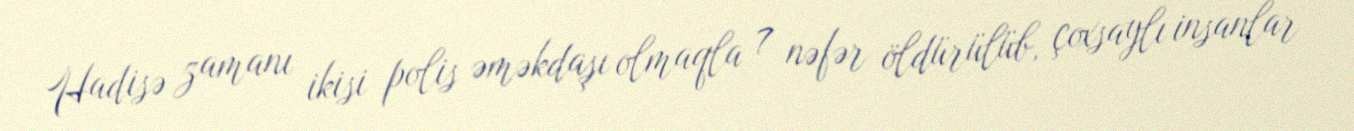
Hadisə zamanı ikisi polis əməkdaşı olmaqla 7 nəfər öldürülüb, çoxsaylı insanlar